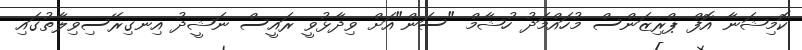
ކޮމިޝަނާ އޮފް ޕްރިޒަންސް މުހައްމަދު ހުޝާމް "ސަން"އަށް ވިދާޅުވީ ރައީސް ނަޝީދު އިނގިރޭސިވިލާތުގައި